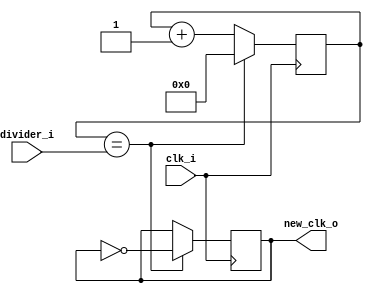
//     I2C
module i2cclock(
	input				clk_i,
	input [15:0]	divider_i,
	output reg		new_clk_o
);

reg [15:0]	counter;

always @(posedge clk_i) begin
	if(counter == divider_i) begin
		new_clk_o <= ~new_clk_o;
		counter <= 16'd0;
	end
	else
		counter <= counter + 1'b1;
end
endmodule